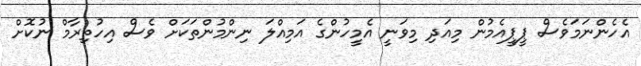
އެހެންނަމަވެސް ޕީޕީއެމުން މިއަދި މިވަނީ އެމީހުންގެ އަމިއްލަ ނިންމުންތަކަށް ވެސް އިހުތިރާމް ނުކޮށް